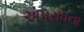
અપરાધના